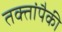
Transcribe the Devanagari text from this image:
तक्तांपैकी